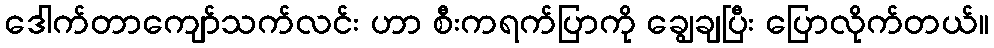
ဒေါက်တာကျော်သက်လင်း ဟာ စီးကရက်ပြာကို ချွေချပြီး ပြောလိုက်တယ်။